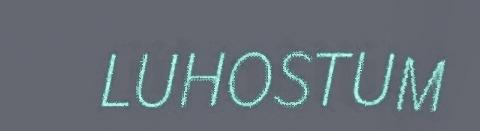
LUHOSTUM